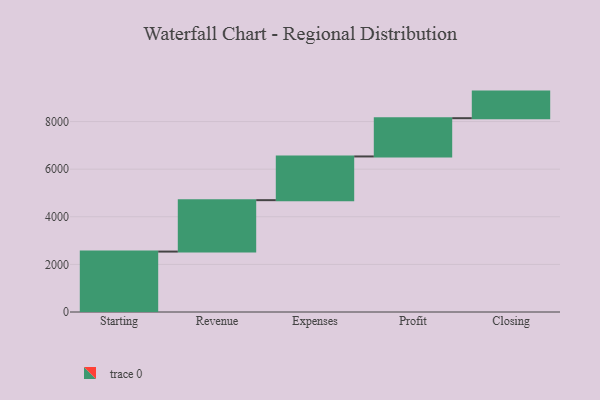
{"axis": {"x": "Step", "y": "Value"}, "legend": [""], "data": [{"x": "Starting", "y": 2538.0, "type": ""}, {"x": "Revenue", "y": 2160.0, "type": ""}, {"x": "Expenses", "y": 1836.0, "type": ""}, {"x": "Profit", "y": 1607.0, "type": ""}, {"x": "Closing", "y": 1117.0, "type": ""}]}